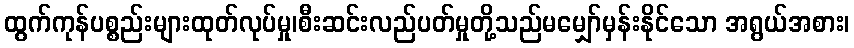
ထွက်ကုန်ပစ္စည်းများထုတ်လုပ်မှု၊စီးဆင်းလည်ပတ်မှုတို့သည်မမျှော်မှန်းနိုင်သော အရွယ်အစား၊